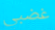
غضبي